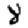
Digit: 8